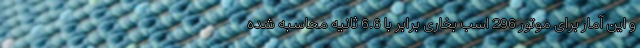
و این آمار برای موتور 296 اسب بخاری برابر با 6.6 ثانیه محاسبه شده